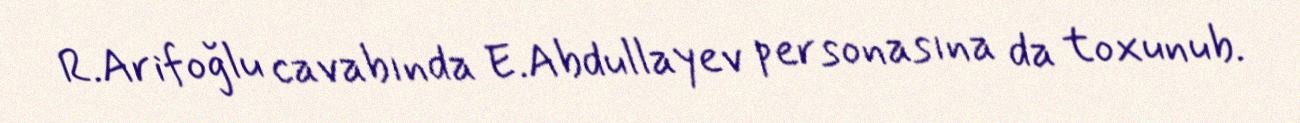
R.Arifoğlu cavabında E.Abdullayev personasına da toxunub.